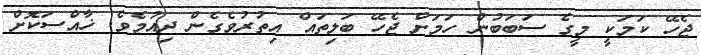
ޖެހޭ ކަމަކީ މީގެ ސަބަބުން ހަމަށް ޖެހޭ ބަލިތައް އިތުރުވެގެން ދިއުމެވެ. ޚާއްސަކޮށް